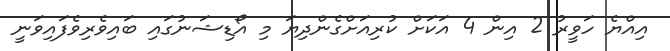
އިއްޔެ ހަވީރު 2 އިން 4 އަކަށް ކުރިއަށްގެންދިޔަ މި އޯޑިޝަނުގައި ބައިވެރިވެފައިވަނީ